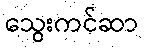
သွေးကင်ဆာ